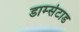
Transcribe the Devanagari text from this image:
डार्म्सटाड